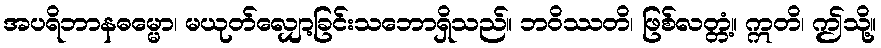
အပရိဘာနဓမ္မော၊ မယုတ်လျှော့ခြင်းသဘောရှိသည်။ ဘဝိဿတိ၊ ဖြစ်လတ္တံ့။ ဣတိ၊ ဤသို့။